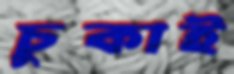
চুকাই